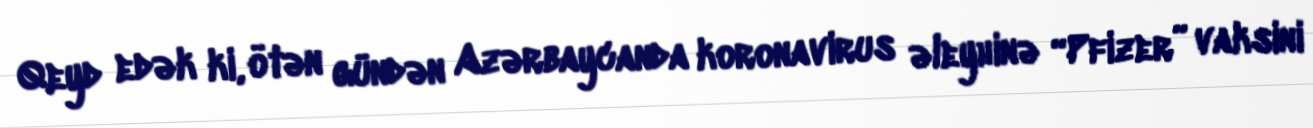
Qeyd edək ki, ötən gündən Azərbaycanda koronavirus əleyhinə “Pfizer” vaksini